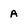
Character: A